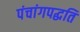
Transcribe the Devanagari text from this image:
पंचांगपद्धति